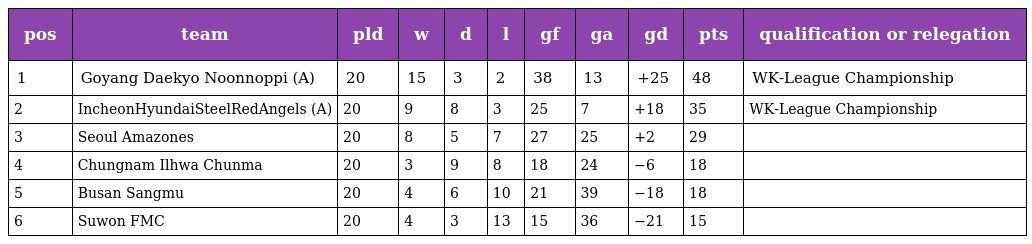
| pos | team | pld | w | d | l | gf | ga | gd | pts | qualification or relegation |
 | --- | --- | --- | --- | --- | --- | --- | --- | --- | --- | --- |
 | 1 | Goyang Daekyo Noonnoppi (A) | 20 | 15 | 3 | 2 | 38 | 13 | +25 | 48 | WK-League Championship |
 | 2 | IncheonHyundaiSteelRedAngels (A) | 20 | 9 | 8 | 3 | 25 | 7 | +18 | 35 | WK-League Championship |
 | 3 | Seoul Amazones | 20 | 8 | 5 | 7 | 27 | 25 | +2 | 29 |  |
 | 4 | Chungnam Ilhwa Chunma | 20 | 3 | 9 | 8 | 18 | 24 | −6 | 18 |  |
 | 5 | Busan Sangmu | 20 | 4 | 6 | 10 | 21 | 39 | −18 | 18 |  |
 | 6 | Suwon FMC | 20 | 4 | 3 | 13 | 15 | 36 | −21 | 15 |  |